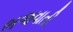
ભજવાતી